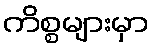
ကိစ္စများမှာ